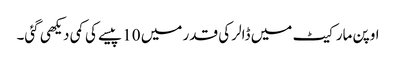
اوپن مارکیٹ میں ڈالر کی قدر میں 10 پیسے کی کمی دیکھی گئی۔